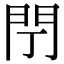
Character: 閅